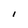
Character: I